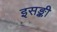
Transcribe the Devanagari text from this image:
इसङ्की